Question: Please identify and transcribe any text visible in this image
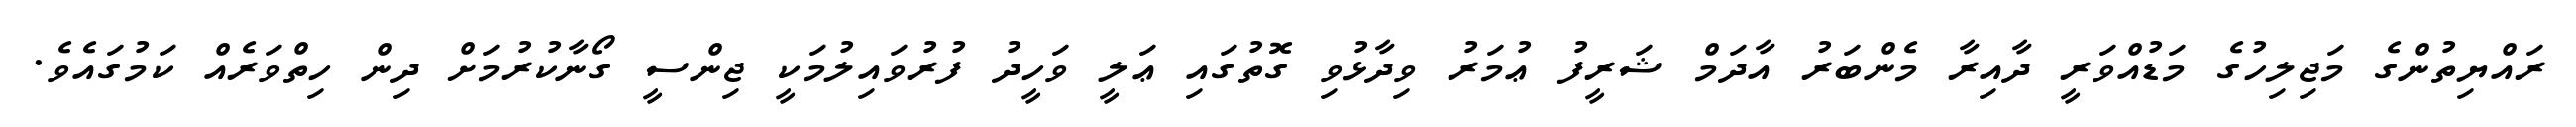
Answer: ރައްޔިތުންގެ މަޖިލިހުގެ މަޑުއްވަރީ ދާއިރާ މެންބަރު އާދަމް ޝަރީފު ޢުމަރު ވިދާޅުވި ގޮތުގައި ޢަލީ ވަހީދު ފުރުވައިލުމަކީ ޖިންސީ ގޯނާކުރުމަށް ދިން ހިތްވަރެއް ކަމުގައެވެ.